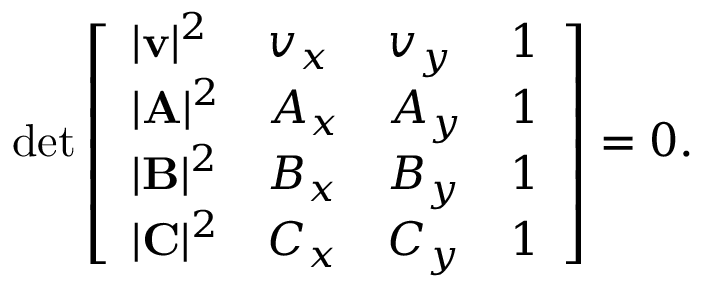
\operatorname* { d e t } { \left[ \begin{array} { l l l l } { | \mathbf { v } | ^ { 2 } } & { v _ { x } } & { v _ { y } } & { 1 } \\ { | \mathbf { A } | ^ { 2 } } & { A _ { x } } & { A _ { y } } & { 1 } \\ { | \mathbf { B } | ^ { 2 } } & { B _ { x } } & { B _ { y } } & { 1 } \\ { | \mathbf { C } | ^ { 2 } } & { C _ { x } } & { C _ { y } } & { 1 } \end{array} \right] } = 0 .